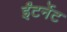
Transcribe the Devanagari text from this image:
ईंटर्नेट